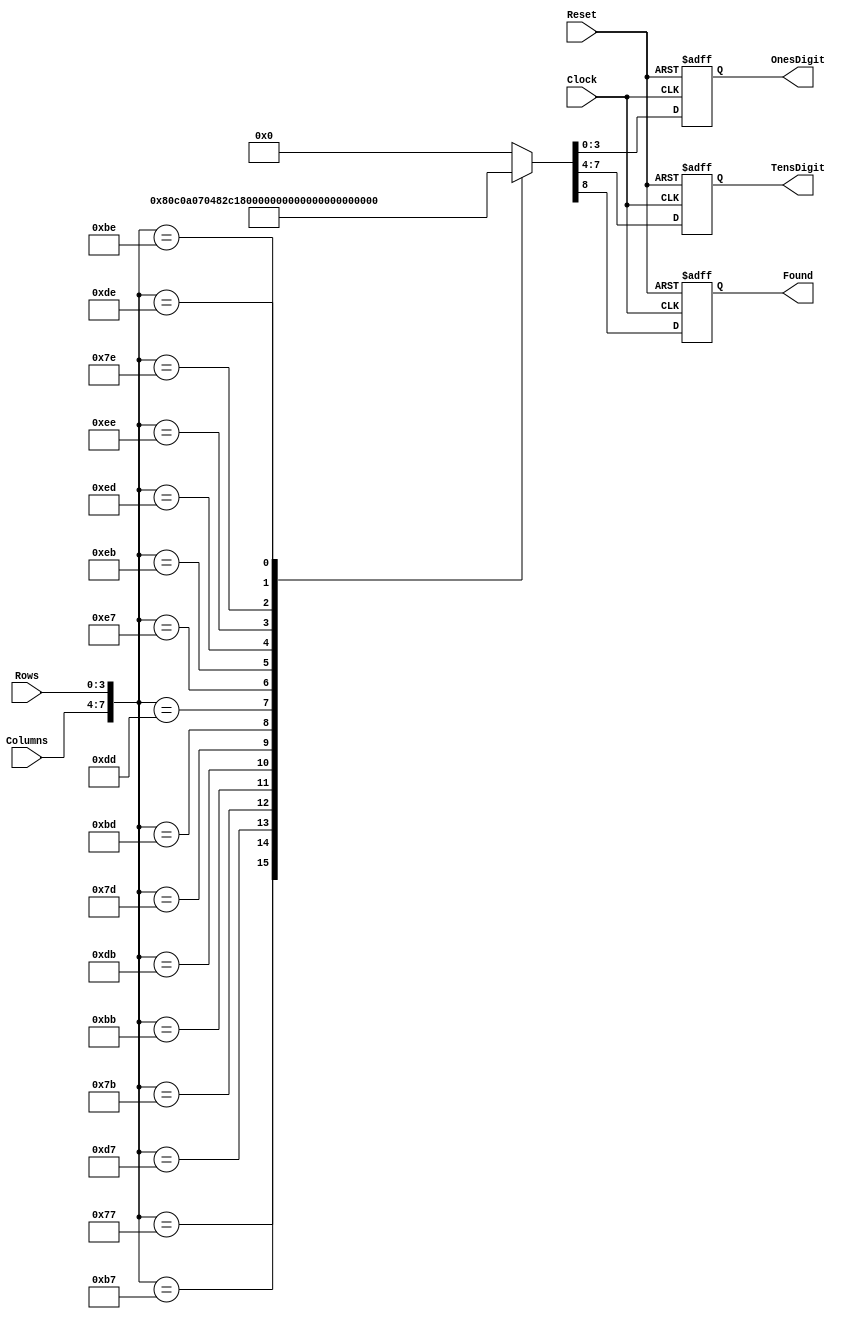
module KeyEncoder(Columns, Rows, Clock, Reset, OnesDigit, TensDigit, Found);
	input [3:0] Columns;
	input [3:0] Rows;
	input Clock, Reset;
	output reg [3:0] OnesDigit;
	output reg [3:0] TensDigit;
	output reg Found;
	parameter NoKey = 9'd0;
	parameter key1 = 9'b100000001;
	parameter key2 = 9'b100000010;
	parameter key3 = 9'b100000011;
	parameter key4 = 9'b100000100;
	parameter key5 = 9'b100000101;
	parameter key6 = 9'b100000110;
	parameter key7 = 9'b100000111;
	parameter key8 = 9'b100001000;
	parameter key9 = 9'b100001001;
	parameter keyA = 9'b100010000;
	parameter keyB = 9'b100010001;
	parameter keyC = 9'b100010010;
	parameter keyD = 9'b100010011;
	parameter keyStar = 9'b100010100;
	parameter key0 = 9'b100010101;
	parameter keyPound = 9'b100010110;
	always@(posedge Clock or posedge Reset)
	if (Reset == 1) {Found, TensDigit, OnesDigit} <= NoKey;
	else case ({ Columns, Rows })
		8'b01110111: {Found, TensDigit, OnesDigit} <= key1;
		8'b10110111: {Found, TensDigit, OnesDigit} <= key2;
		8'b11010111: {Found, TensDigit, OnesDigit} <= key3;
		8'b01111011: {Found, TensDigit, OnesDigit} <= key4;
		8'b10111011: {Found, TensDigit, OnesDigit} <= key5;
		8'b11011011: {Found, TensDigit, OnesDigit} <= key6;
		8'b01111101: {Found, TensDigit, OnesDigit} <= key7;
		8'b10111101: {Found, TensDigit, OnesDigit} <= key8;
		8'b11011101: {Found, TensDigit, OnesDigit} <= key9;
		8'b11100111: {Found, TensDigit, OnesDigit} <= keyA;
		8'b11101011: {Found, TensDigit, OnesDigit} <= keyB;
		8'b11101101: {Found, TensDigit, OnesDigit} <= keyC;
		8'b11101110: {Found, TensDigit, OnesDigit} <= keyD;
		8'b01111110: {Found, TensDigit, OnesDigit} <= keyStar;
		8'b10111110: {Found, TensDigit, OnesDigit} <= key0;
		8'b11011110: {Found, TensDigit, OnesDigit} <= keyPound;
		default: {Found, TensDigit, OnesDigit} <= NoKey;
	endcase
endmodule